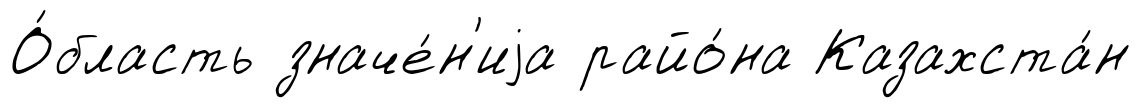
О́бласть значе́н'иjа райо́на Казахста́н